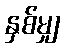
နှစ်မျှ